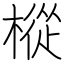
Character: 樅